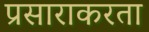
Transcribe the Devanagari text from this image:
प्रसाराकरता